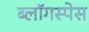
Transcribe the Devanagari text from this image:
ब्लॉगस्पेस